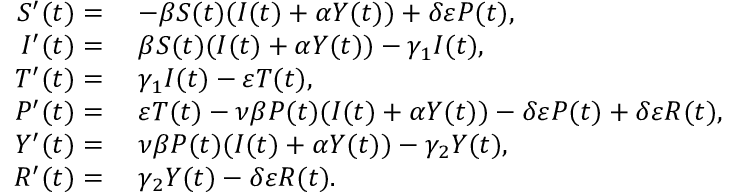
\begin{array} { r l } { S ^ { \prime } ( t ) = } & { \; - \beta S ( t ) ( I ( t ) + \alpha Y ( t ) ) + \delta \varepsilon P ( t ) , } \\ { I ^ { \prime } ( t ) = } & { \; \beta S ( t ) ( I ( t ) + \alpha Y ( t ) ) - \gamma _ { 1 } I ( t ) , } \\ { T ^ { \prime } ( t ) = } & { \; \gamma _ { 1 } I ( t ) - \varepsilon T ( t ) , } \\ { P ^ { \prime } ( t ) = } & { \; \varepsilon T ( t ) - \nu \beta P ( t ) ( I ( t ) + \alpha Y ( t ) ) - \delta \varepsilon P ( t ) + \delta \varepsilon R ( t ) , } \\ { Y ^ { \prime } ( t ) = } & { \; \nu \beta P ( t ) ( I ( t ) + \alpha Y ( t ) ) - \gamma _ { 2 } Y ( t ) , } \\ { R ^ { \prime } ( t ) = } & { \; \gamma _ { 2 } Y ( t ) - \delta \varepsilon R ( t ) . } \end{array}